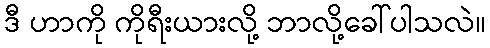
ဒီ ဟာကို ကိုရီးယားလို့ ဘာလို့ခေါ်ပါသလဲ။